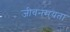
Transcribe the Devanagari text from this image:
जीवनमयता